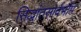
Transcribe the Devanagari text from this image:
सिद्धांतसार्वभौम